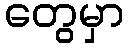
တွေမှာ